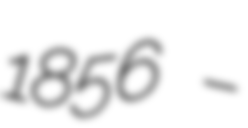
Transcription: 1856 –